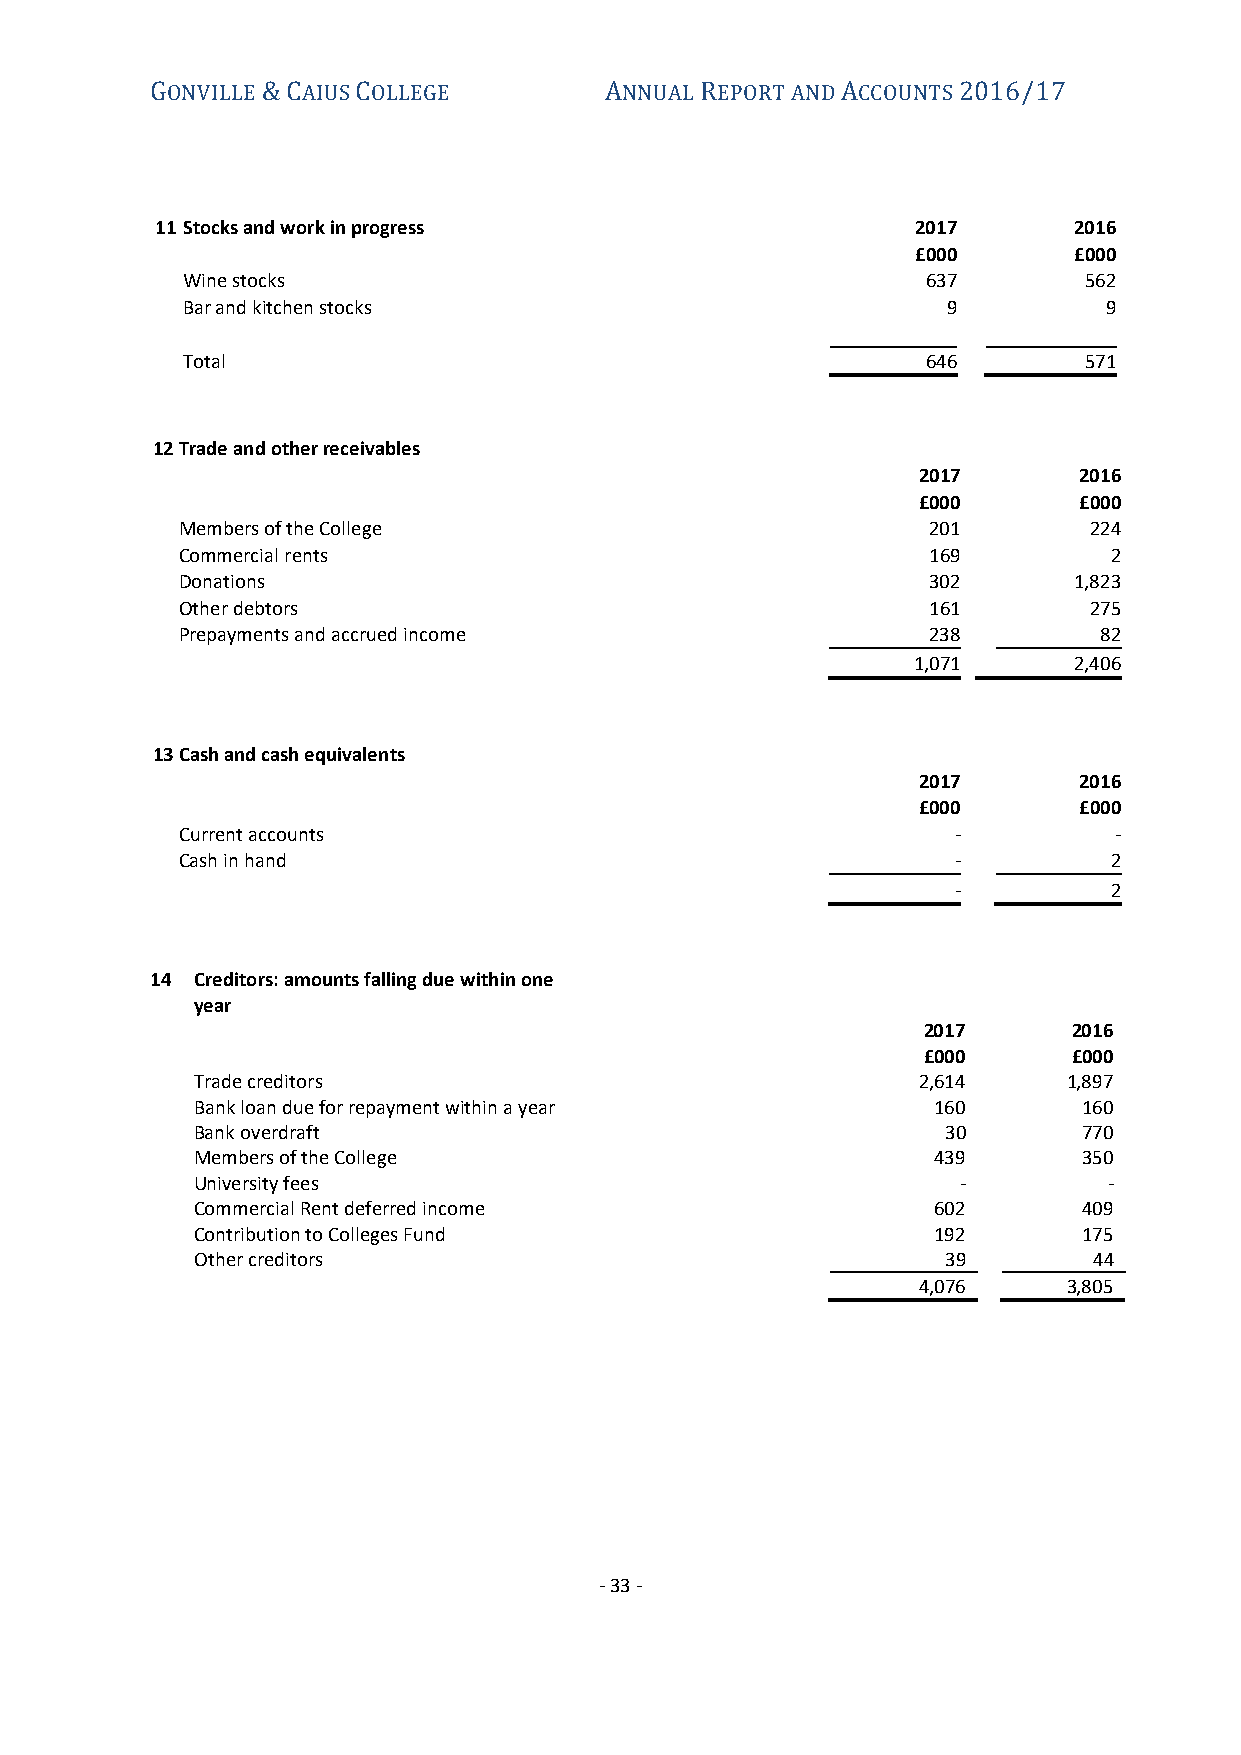
ONVILLE  AIUS OLLEGE          NNUAL EPORT AND CCOUNTS
 G      &C     C               A     R         A      2016/17
 11 Stocks and work in progress                     2017      2016
 £000      £000
 Wine stocks                                      637        562
 Bar and kitchen stocks                             9         9
 Total                                            646        571
 12 Trade and other receivables
 2017      2016
 £000      £000
 Members of the College                           201        224
 Commercial rents                                 169          2
 Donations                                        302       1,823
 Other debtors                                    161        275
 Prepayments and accrued income                   238         82
 1,071      2,406
 13 Cash and cash equivalents
 2017      2016
 £000      £000
 Current accounts                                   -          -
 Cash in hand                                       -          2
 -          2
 14 Creditors: amounts falling due within one
 year
 2017      2016
 £000      £000
 Trade creditors                                 2,614     1,897
 Bank loan due for repayment within a year        160       160
 Bank overdraft                                    30       770
 Members of the College                           439       350
 University fees                                   -         -
 Commercial Rent deferred income                  602       409
 Contribution to Colleges Fund                    192       175
 Other creditors                                   39       44
 4,076     3,805
 - 33 -